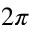
2 \pi